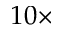
1 0 \times